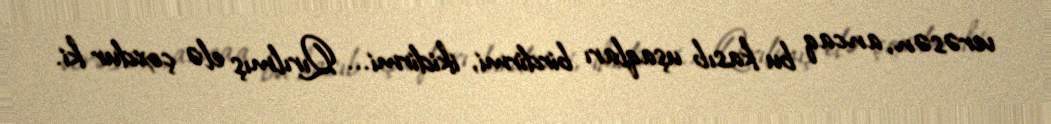
verəsən, ancaq bu kasıb uşaqları birdirmi, ikidirmi... Qırılmış elə çoxdur ki.